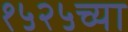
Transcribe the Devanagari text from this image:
१५२५च्या